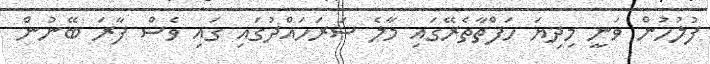
ފުލުހުން ވަނީ މިދިޔަ ހަފްތާތެރޭގައި މާލެ ސަރަހައްދުގައި ގައި ވެސް ފާރަ ބޭނުން